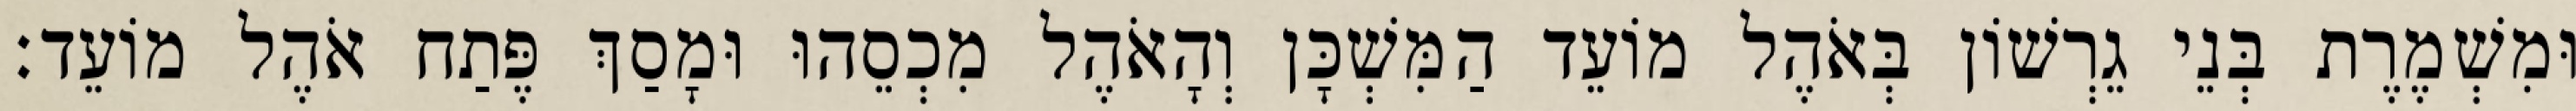
וּמִשְׁמֶרֶת בְּנֵי גֵרְשׁוֹן בְּאֹהֶל מוֹעֵד הַמִּשְׁכָּן וְהָאֹהֶל מִכְסֵהוּ וּמָסַךְ פֶּתַח אֹהֶל מוֹעֵד׃